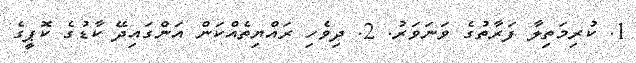
1. ކުރިމަތިލާ ފަރާތުގެ ވަނަވަރު. 2. ދިވެހި ރައްޔިތެއްކަން އަންގައިދޭ ކާޑުގެ ކޮޕީގެ